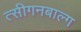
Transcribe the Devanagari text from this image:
त्सीगनबाल्ग